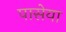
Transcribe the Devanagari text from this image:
पासेया